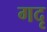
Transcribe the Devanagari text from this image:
गदृ